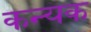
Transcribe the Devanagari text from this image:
कन्यक